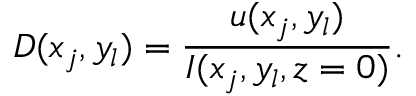
D ( x _ { j } , y _ { l } ) = \frac { u ( x _ { j } , y _ { l } ) } { I ( x _ { j } , y _ { l } , z = 0 ) } .